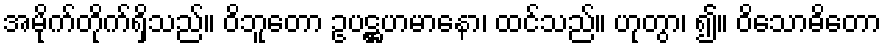
အမိုက်တိုက်ရှိသည်။ ဝိဘူတော ဥပဋ္ဌဟမာနော၊ ထင်သည်။ ဟုတွာ၊ ၍။ ဝိသောဓိတော